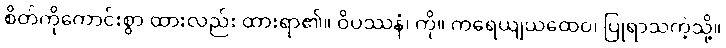
စိတ်ကိုကောင်းစွာ ထားလည်း ထားရာ၏။ ဝိပဿနံ၊ ကို။ ကရေယျယထေဝ၊ ပြုရာသကဲ့သို့။